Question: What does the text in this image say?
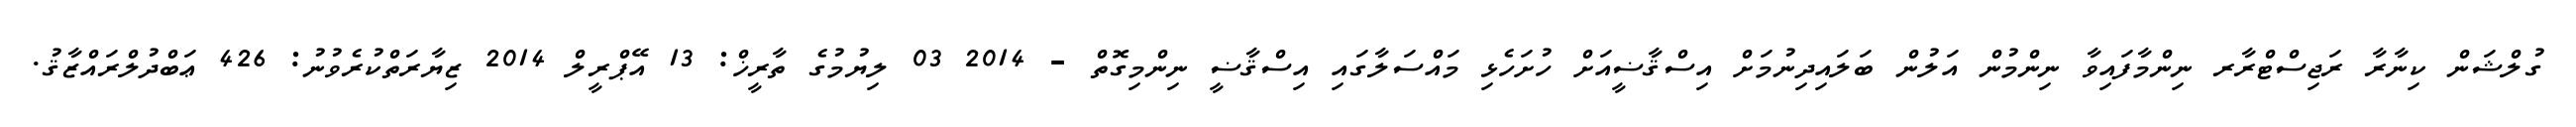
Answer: ގުލްޝަން ކިނާރާ ރަޖިސްޓްރާރ ނިންމާފައިވާ ނިންމުން އަލުން ބަލައިދިނުމަށް އިސްޤާޟީއަށް ހުށަހެޅި މައްސަލާގައި އިސްޤާޟީ ނިންމިގޮތް - 2014 03 ލިޔުމުގެ ތާރީޚް: 13 އޭޕްރީލް 2014 ޒިޔާރަތްކުރެވުނު: 426 ޢަބްދުލްރައްޒާޤު.